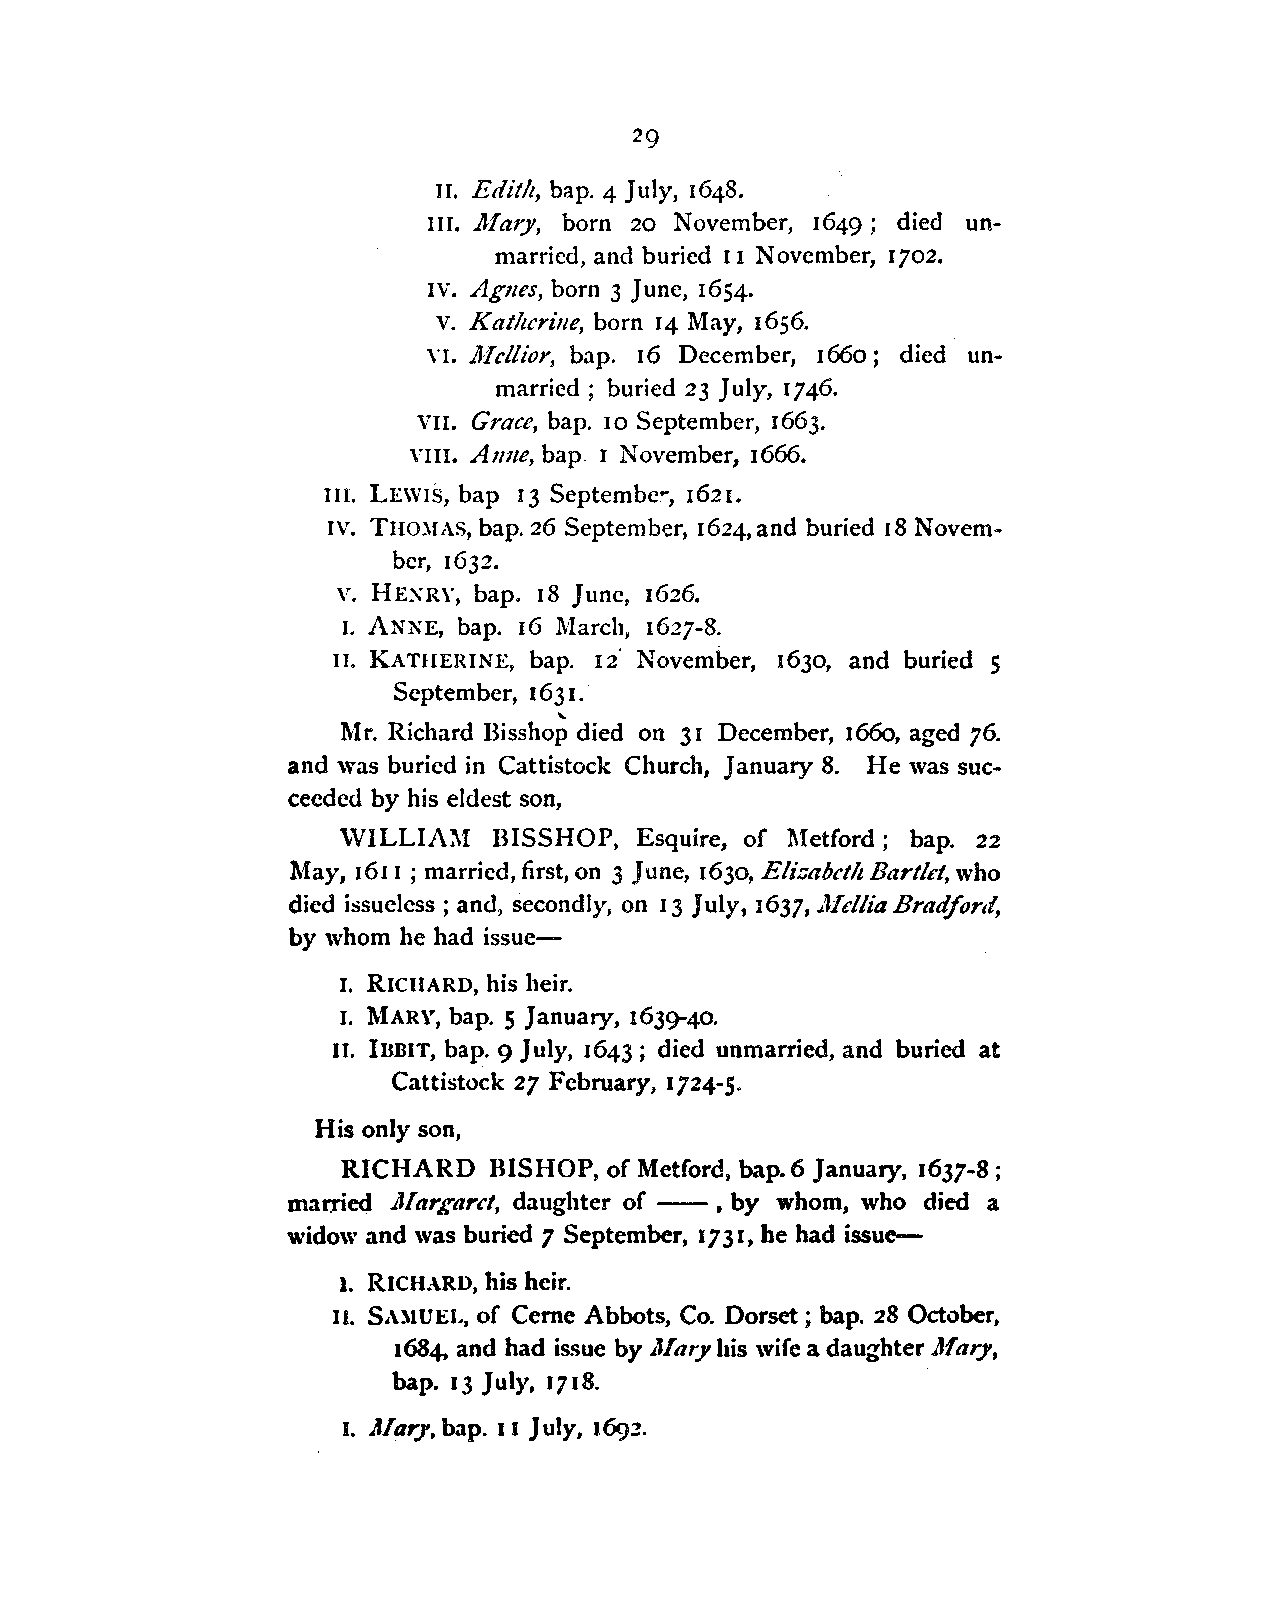
II. Edit!t, hap. 4 July, 1648.
 III. Jl,fary, born 20 November, 1649; died un
 married, and buried I I November, I 702.
 IV. Agnes, born 3 June, 1654.
 V. Kat!tcrille, born 14 May, 1656.
 n. llfcllior, hap. 16 December, 1660; died un
 married; buried 23 July, 1746.
 VII. Grace, bap. 10 September, 1663.
 VIII. A11ne, bap. I November, 1666.
 III. LEWIS, bap I 3 Septembe. . , 1621.
 IV. THOllAS, bap. 26 September, 1624, and buried 18 Novem
 ber, 1632.
 V. HEXRY, hap. 18 June, 1626.
 I. ANNE, hap. 16 March, 1627-8.
 II. KATHERINE, bap. ii' November, 1630, and buried 5
 September, 1631.
 ....
 Mr. Richard Bisshop died on 31 December, 166o, aged 76.
 and was buried in Cattistock Church, January 8. He was suc
 ceeded by his eldest son,
 \VILLIAM  BISSHOP, Esquire, of l\1etford; bap. 22
 May, 161 I; married, first, on 3 June, 1630, E/i:;abcth Bartlet, who
 died issuclcss ; and, secondly, on I 3 July, I 637, .J.lfcllia Bradford,
 by whom he had issue-
 1. RICHARD, his heir.
 I. MARY, bap. 5 January, 1639-40.
 II. IBBIT, hap. 9 July, 1643 ; died unmarried, and buried at
 Cattistock 27 February, 1724-5.
 His only son,
 RICHARD   HIS HOP, of Metford, hap. 6 January, 1637-8;
 married .Ala rgarct, daughter of -- , by whom, who died a
 widow and was buried 7 September, I 731, he had issue-
 1. RICHARD, his heir.
 II. SAllUEL, of Ceme Abbots, Co. Dorset ; hap. 28 October,
 1684, and had issue by ,J/ary his wife a daughter .Afary,
 hap. 13 July, 1718.
 I. Alary, hap. 11 July, I(jcy.?.